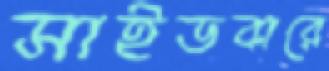
সাইডবারে